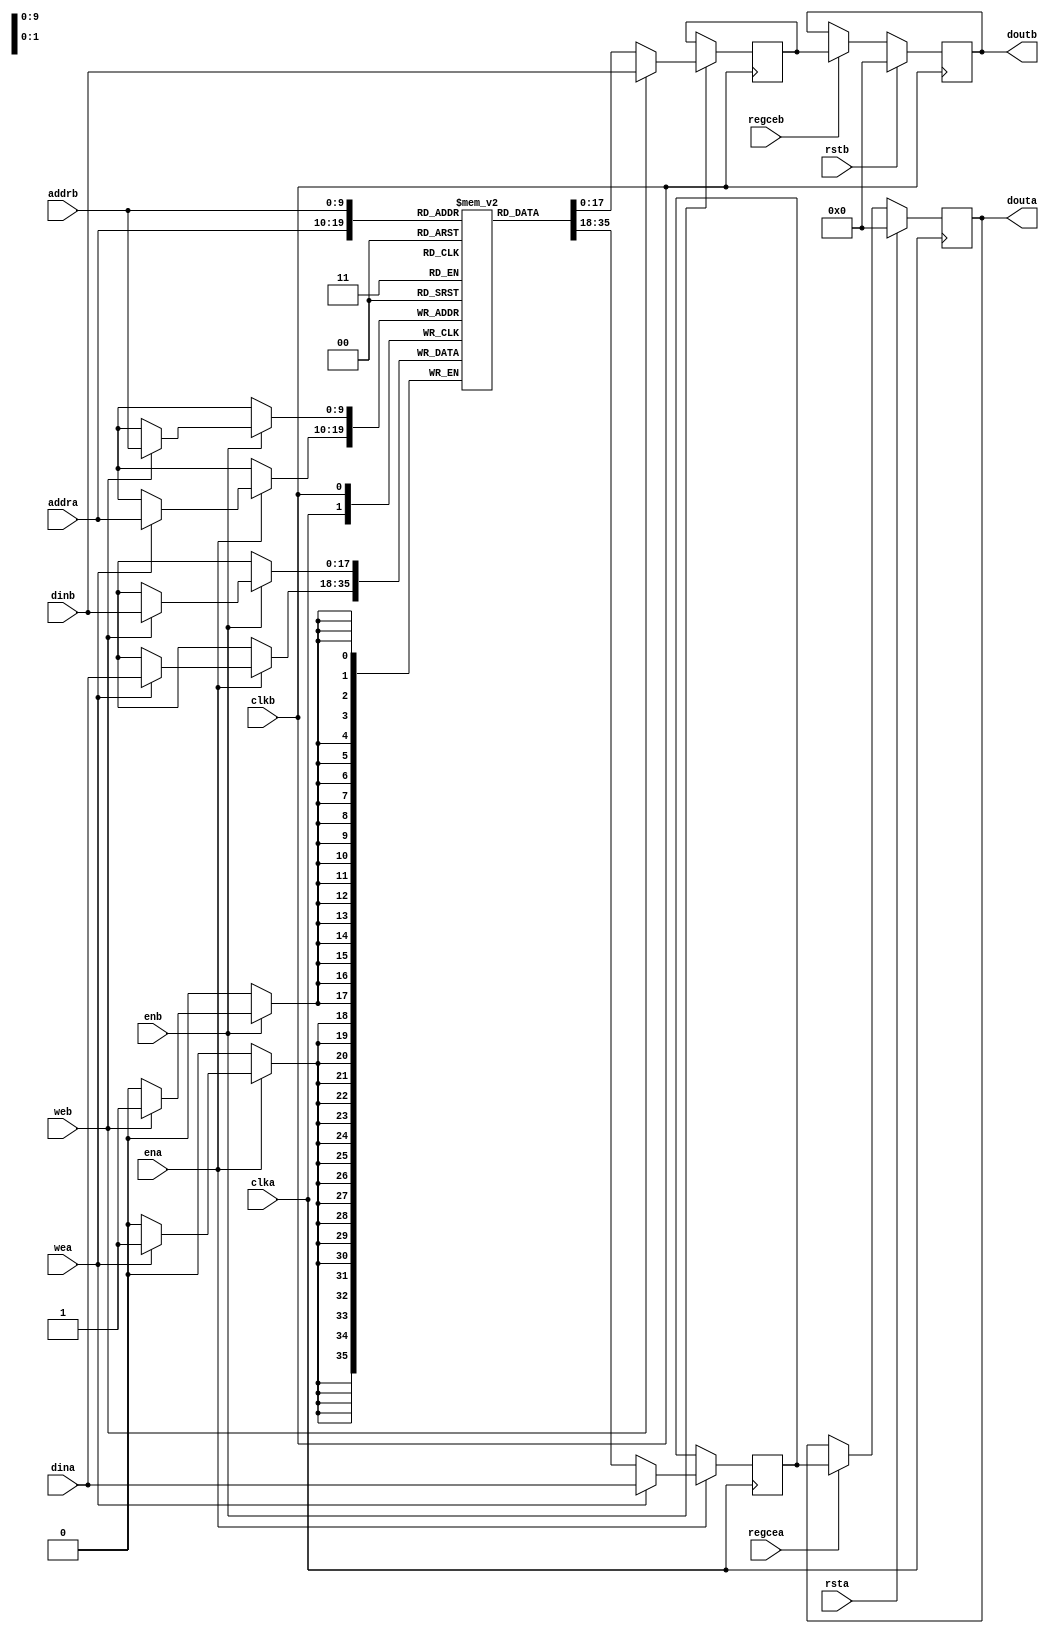

//  Xilinx True Dual Port RAM, Write First with Dual Clock
//  This code implements a parameterizable true dual port memory (both ports can read and write).
//  This implements write-first mode where the data being written to the RAM also resides on
//  the output port.  If the output data is not needed during writes or the last read value is
//  desired to be retained, it is suggested to use no change as it is more power efficient.
//  If a reset or enable is not necessary, it may be tied off or removed from the code.

module async_true_dual_ram_write_first #(
  parameter RAM_WIDTH = 18,                       // Specify RAM data width
  parameter RAM_DEPTH = 1024,                     // Specify RAM depth (number of entries)
  parameter RAM_PERFORMANCE = "HIGH_PERFORMANCE", // Select "HIGH_PERFORMANCE" or "LOW_LATENCY" 
  parameter INIT_FILE = ""                        // Specify name/location of RAM initialization file if using one (leave blank if not)
) (
  input [clogb2(RAM_DEPTH-1)-1:0] addra,  // Port A address bus, width determined from RAM_DEPTH
  input [clogb2(RAM_DEPTH-1)-1:0] addrb,  // Port B address bus, width determined from RAM_DEPTH
  input [RAM_WIDTH-1:0] dina,           // Port A RAM input data
  input [RAM_WIDTH-1:0] dinb,           // Port B RAM input data
  input clka,                           // Port A clock
  input clkb,                           // Port B clock
  input wea,                            // Port A write enable
  input web,                            // Port B write enable
  input ena,                            // Port A RAM Enable, for additional power savings, disable port when not in use
  input enb,                            // Port B RAM Enable, for additional power savings, disable port when not in use
  input rsta,                           // Port A output reset (does not affect memory contents)
  input rstb,                           // Port B output reset (does not affect memory contents)
  input regcea,                         // Port A output register enable
  input regceb,                         // Port B output register enable
  output [RAM_WIDTH-1:0] douta,         // Port A RAM output data
  output [RAM_WIDTH-1:0] doutb          // Port B RAM output data
);

  reg [RAM_WIDTH-1:0] BRAM [RAM_DEPTH-1:0];
  reg [RAM_WIDTH-1:0] ram_data_a = {RAM_WIDTH{1'b0}};
  reg [RAM_WIDTH-1:0] ram_data_b = {RAM_WIDTH{1'b0}};

  // The following code either initializes the memory values to a specified file or to all zeros to match hardware
  generate
    if (INIT_FILE != "") begin: use_init_file
      initial
        $readmemh(INIT_FILE, BRAM, 0, RAM_DEPTH-1);
    end else begin: init_bram_to_zero
      integer ram_index;
      initial
        for (ram_index = 0; ram_index < RAM_DEPTH; ram_index = ram_index + 1)
          BRAM[ram_index] = {RAM_WIDTH{1'b0}};
    end
  endgenerate

  always @(posedge clka)
    if (ena)
      if (wea) begin
        BRAM[addra] <= dina;
        ram_data_a <= dina;
      end else
        ram_data_a <= BRAM[addra];

  always @(posedge clkb)
    if (enb)
      if (web) begin
        BRAM[addrb] <= dinb;
        ram_data_b <= dinb;
      end else
        ram_data_b <= BRAM[addrb];

  //  The following code generates HIGH_PERFORMANCE (use output register) or LOW_LATENCY (no output register)
  generate
    if (RAM_PERFORMANCE == "LOW_LATENCY") begin: no_output_register

      // The following is a 1 clock cycle read latency at the cost of a longer clock-to-out timing
       assign douta = ram_data_a;
       assign doutb = ram_data_b;

    end else begin: output_register

      // The following is a 2 clock cycle read latency with improve clock-to-out timing

      reg [RAM_WIDTH-1:0] douta_reg = {RAM_WIDTH{1'b0}};
      reg [RAM_WIDTH-1:0] doutb_reg = {RAM_WIDTH{1'b0}};

      always @(posedge clka)
        if (rsta)
          douta_reg <= {RAM_WIDTH{1'b0}};
        else if (regcea)
          douta_reg <= ram_data_a;

      always @(posedge clkb)
        if (rstb)
          doutb_reg <= {RAM_WIDTH{1'b0}};
        else if (regceb)
          doutb_reg <= ram_data_b;

      assign douta = douta_reg;
      assign doutb = doutb_reg;

    end
  endgenerate

  //  The following function calculates the address width based on specified RAM depth
  function integer clogb2;
    input integer depth;
      for (clogb2=0; depth>0; clogb2=clogb2+1)
        depth = depth >> 1;
  endfunction

endmodule